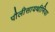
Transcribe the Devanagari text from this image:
पौलीसायथीमिया